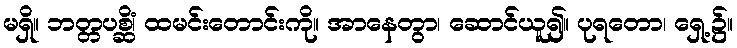
မရှိ။ ဘတ္တပစ္ဆိံ၊ ထမင်းတောင်းကို။ အာနေတွာ၊ ဆောင်ယူ၍။ ပုရတော၊ ရှေ့၌။